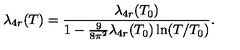
\lambda _ { 4 r } ( T ) = \frac { \lambda _ { 4 r } ( T _ { 0 } ) } { 1 - \frac { 9 } { 8 \pi ^ { 2 } } \lambda _ { 4 r } ( T _ { 0 } ) \ln ( T / T _ { 0 } ) } .